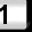
Digit: 1